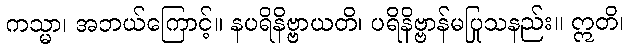
ကသ္မာ၊ အဘယ်ကြောင့်။ နပရိနိဗ္ဗာယတိ၊ ပရိနိဗ္ဗာန်မပြုသနည်း။ ဣတိ၊